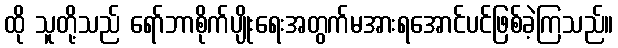
ထို သူတို့သည် ရော်ဘာစိုက်ပျိုးရေးအတွက်မအားရအောင်ပင်ဖြစ်ခဲ့ကြသည်။